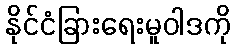
နိုင်ငံခြားရေးမူဝါဒကို